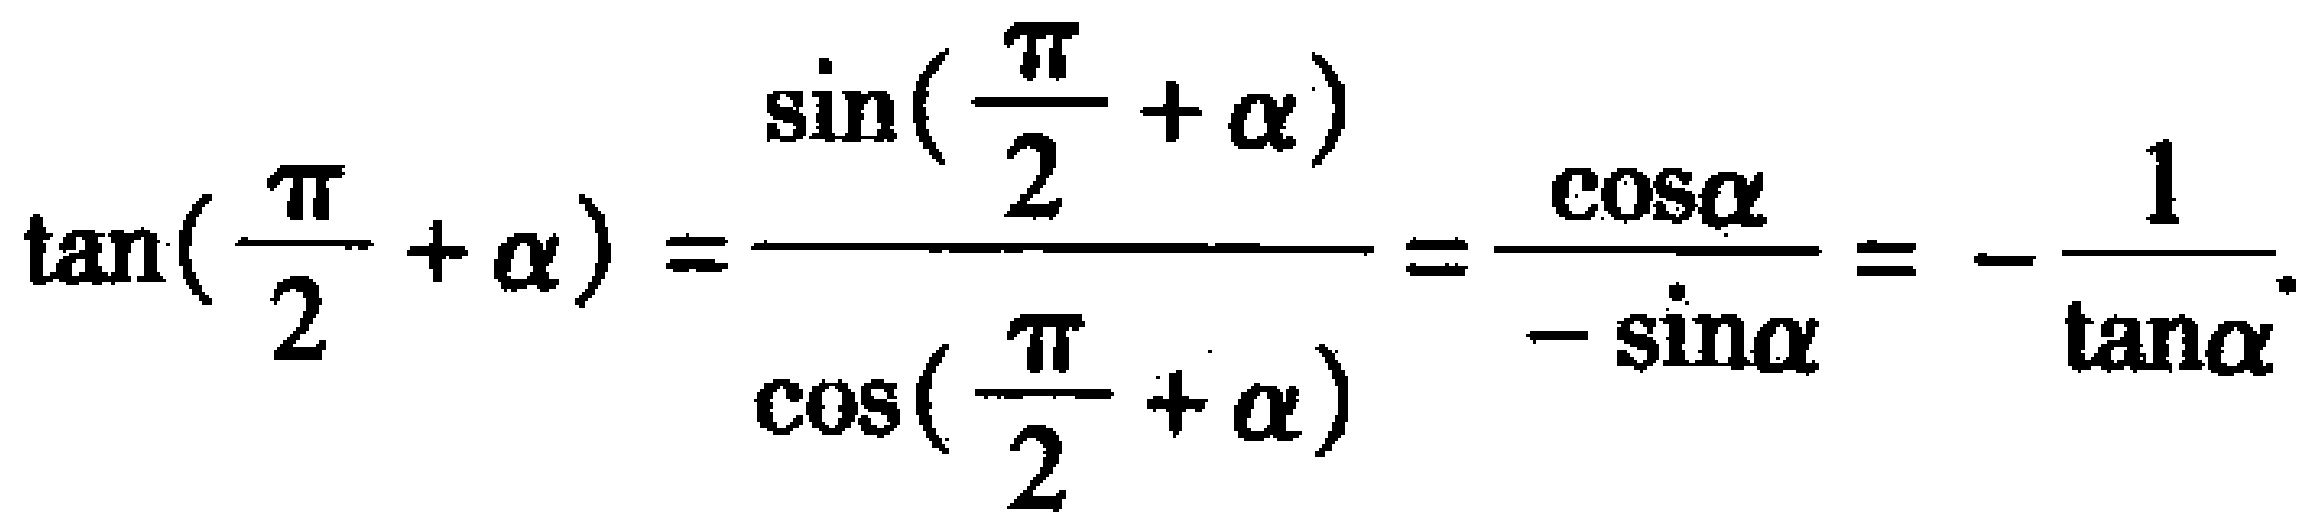
\(\tan(\frac{\pi}{2}+\alpha)=\frac{\sin(\frac{\pi}{2}+\alpha)}{\cos(\frac{\pi}{2}+\alpha)}=\frac{\cos\alpha}{-\sin\alpha}=-\frac{1}{\tan\alpha}\)